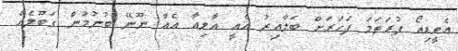
އެވީޑިއޯ ފުރަތަމަ ފަހަރަށް ބަލާއިރު އެއީ އާލިއާ އެއް ނޫނޭ ބުނުމުން ގަބޫލެއް